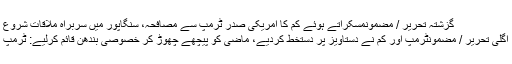
گزشتہ تحریر / مضمونمسکراتے ہوئے کِم کا امریکی صدر ٹرمپ سے مصافحہ، سنگاپور میں سربراہ ملاقات شروع
اگلی تحریر / مضمونٹرمپ اور کِم نے دستاویز پر دستخط کردیے، ماضی کو پیچھے چھوڑ کر خصوصی بندھن قائم کرلیے: ٹرمپ